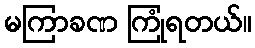
မကြာခဏ ကြုံရတယ်။